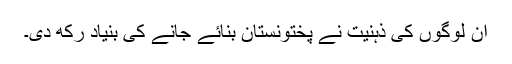
ان لوگوں کی ذہنیت نے پختونستان بنائے جانے کی بنیاد رکھ دی۔